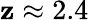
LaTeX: \mathbf{z}\approx2.4